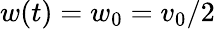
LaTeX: w(t)=w_{0}=v_{0}/2